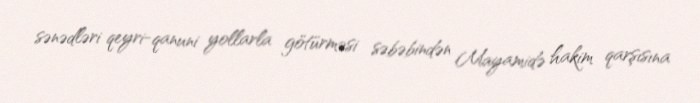
sənədləri qeyri-qanuni yollarla götürməsi səbəbindən Mayamidə hakim qarşısına